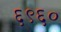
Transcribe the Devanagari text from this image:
६९६०